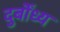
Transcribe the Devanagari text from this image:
दुर्बोंध्य